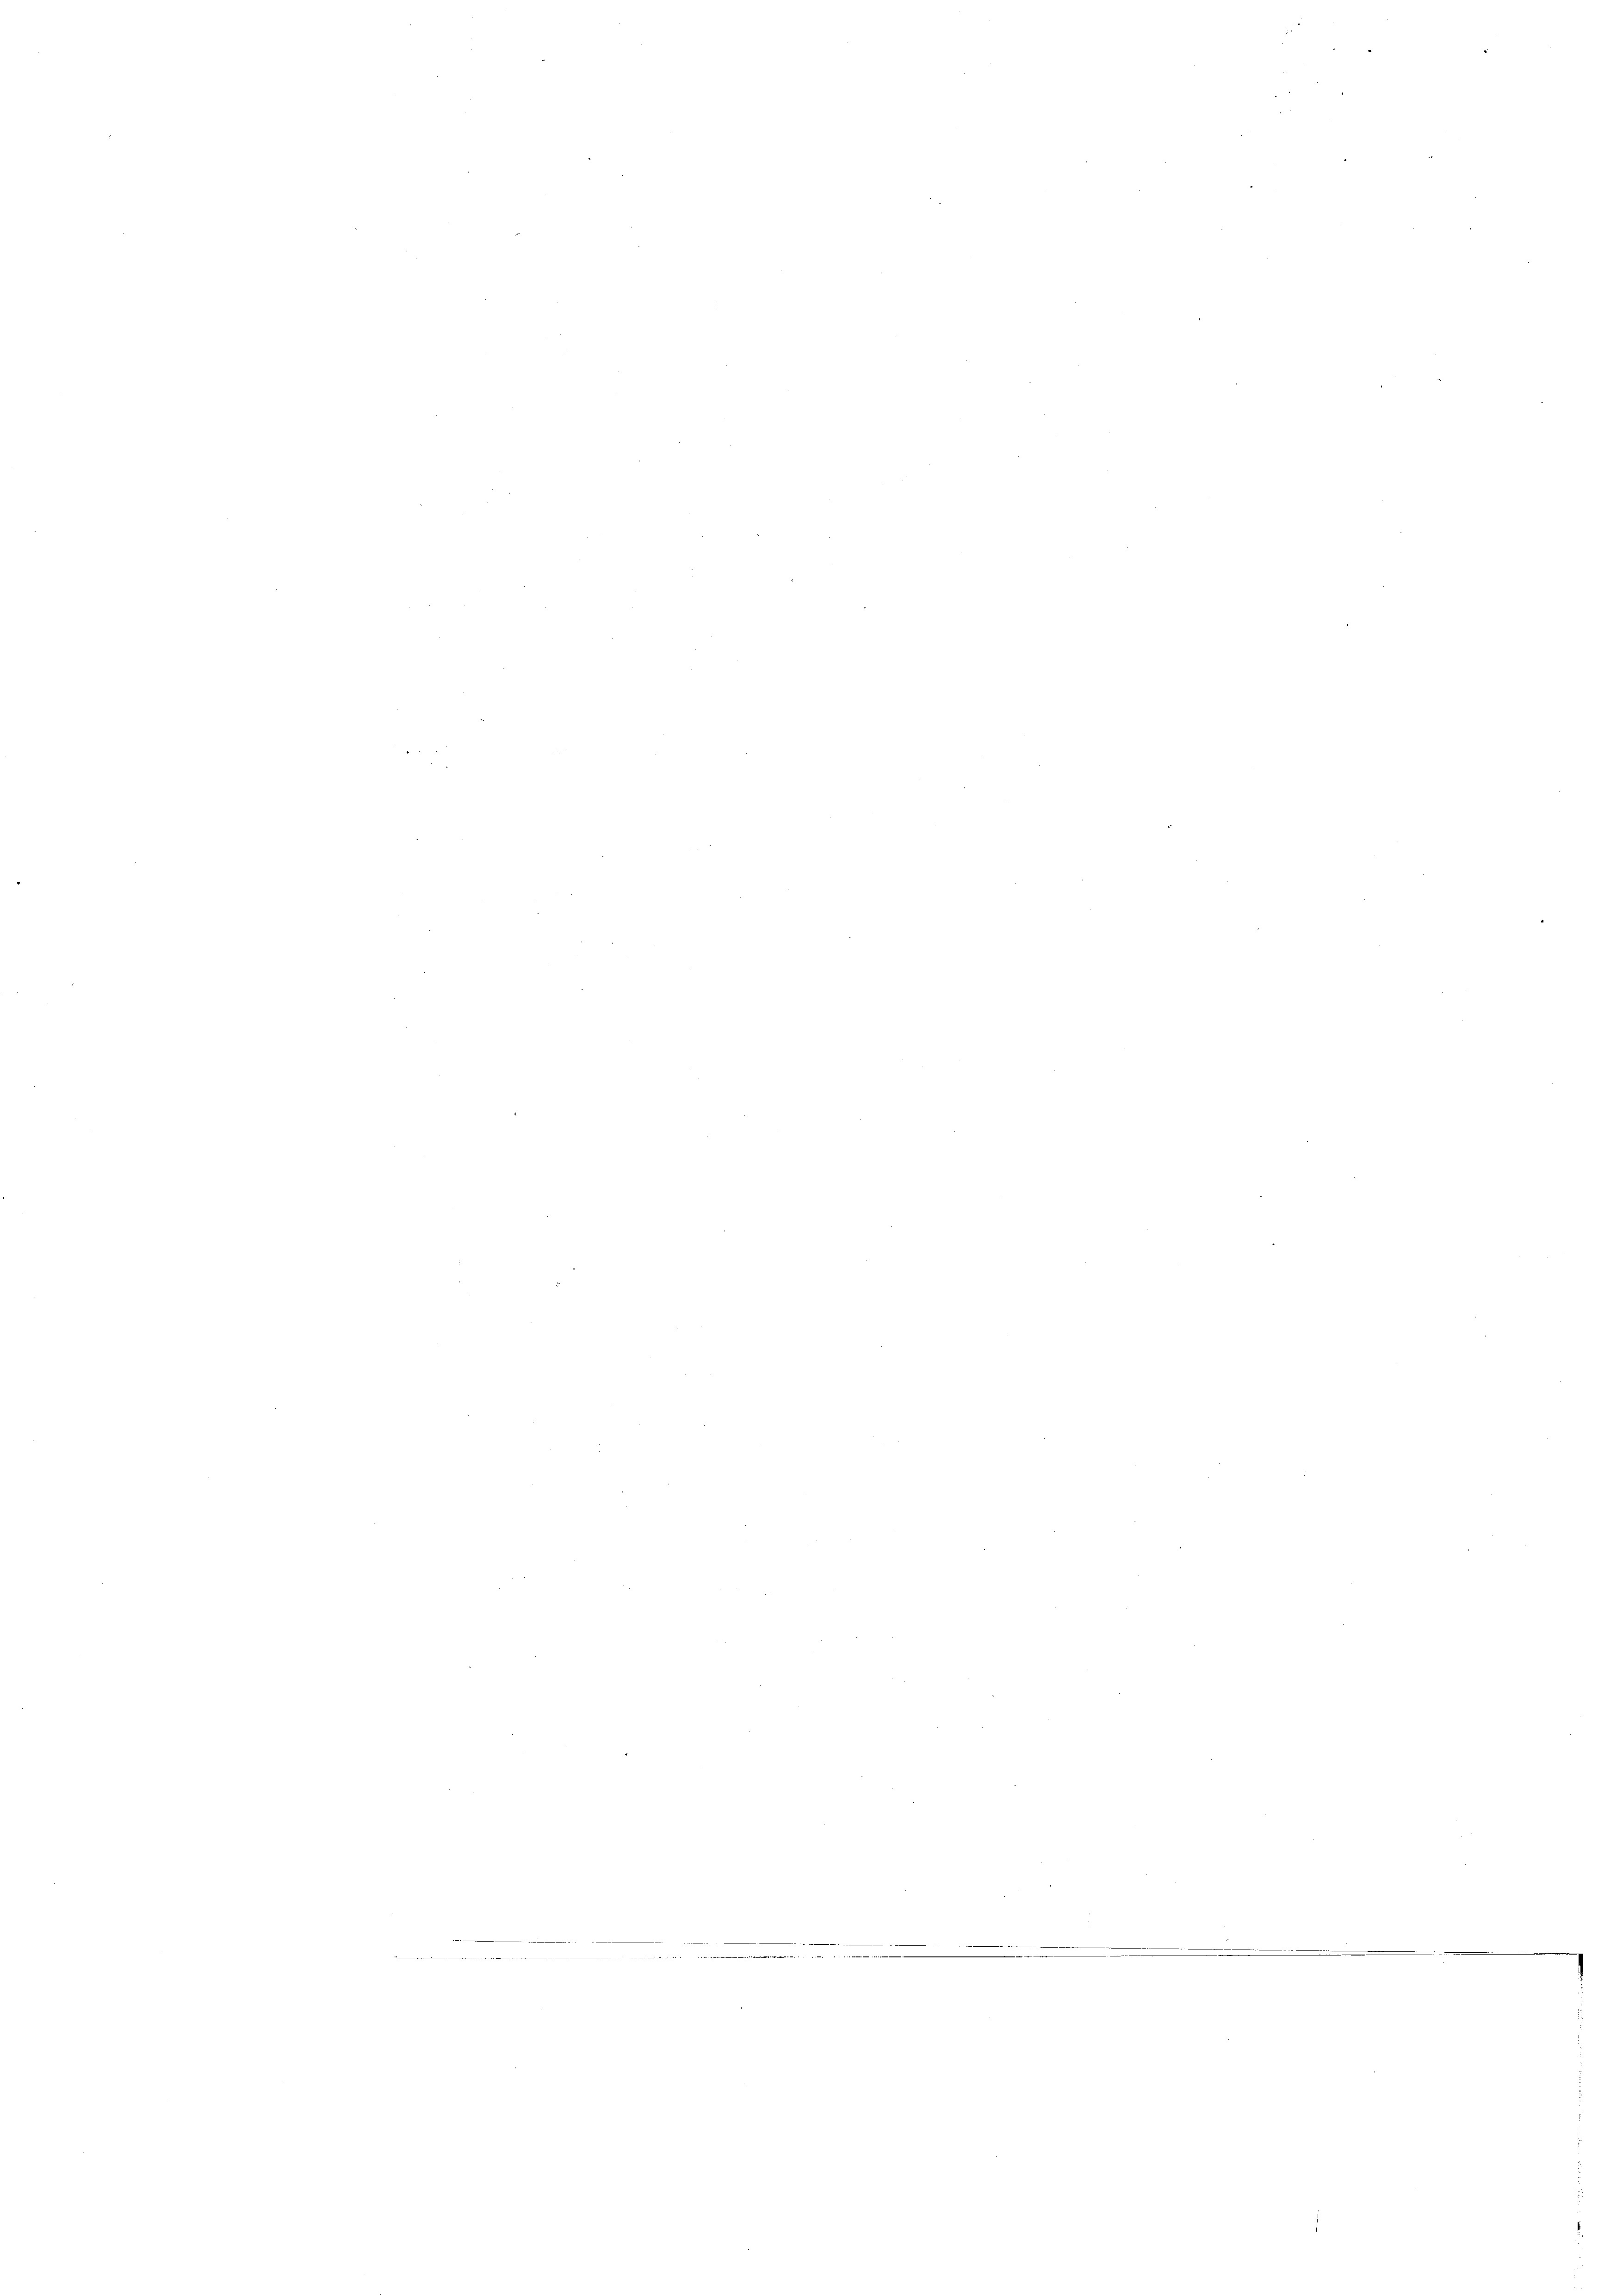
n
.
225
e
n
¬
n
¬
n
m

e

n
n
e
e
e
¬
e
¬
e
n
.

.
e

¬

.